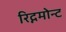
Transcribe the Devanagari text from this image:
रिद्गमोन्ट